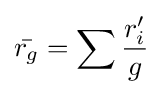
{\bar {r_{g}}}=\sum {\frac {r_{i}'}{g}}